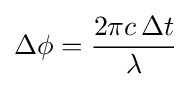
\Delta \phi ={\frac {2\pi c\,\Delta t}{\lambda }}